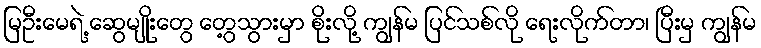
မြဦးမေရဲ့ ဆွေမျိုးတွေ တွေ့သွားမှာ စိုးလို့ ကျွန်မ ပြင်သစ်လို ရေးလိုက်တာ၊ ပြီးမှ ကျွန်မ